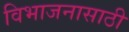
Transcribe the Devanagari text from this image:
विभाजनासाठी